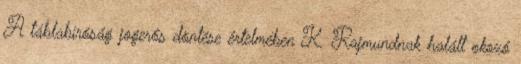
A táblabíróság jogerős döntése értelmében K. Rajmundnak halált okozó